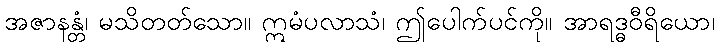
အဇာနန္တံ၊ မသိတတ်သော။ ဣမံပလာသံ၊ ဤပေါက်ပင်ကို။ အာရဒ္ဓဝီရိယော၊